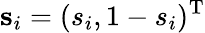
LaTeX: \mathbf{s}_{i}=(s_{i},1-s_{i})^{\mathrm{T}}